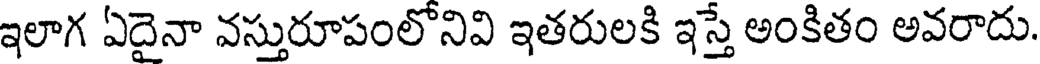
ఇలాగ ఏదైనా వస్తురూపంలోనివి ఇతరులకి ఇస్తే అంకితం అవరాదు